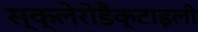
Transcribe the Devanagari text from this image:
स्क्लेरोडैक्टाइली